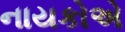
નાયકોએ